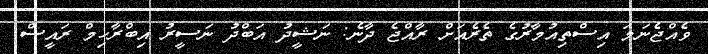
ވެއްޖެނަމަ އިސްތިއުމާރުގެ ތެރެއަށް ރާއްޖެ ދާނެ: ނަޝީދު އަބްދު ނަސީރު އިބްރާހިމް ރައީސް